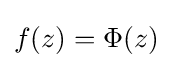
f(z)=\Phi (z)